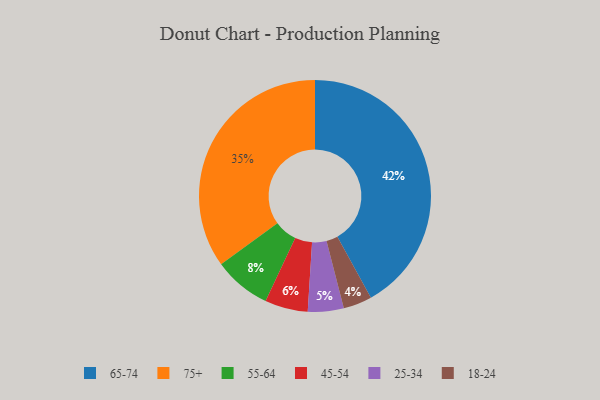
{"axis": {"x": "Category", "y": "Percentage"}, "legend": ["18-24", "25-34", "45-54", "55-64", "65-74", "75+"], "data": [{"x": "45-54", "y": 6, "type": "45-54"}, {"x": "25-34", "y": 5, "type": "25-34"}, {"x": "55-64", "y": 8, "type": "55-64"}, {"x": "18-24", "y": 4, "type": "18-24"}, {"x": "65-74", "y": 42, "type": "65-74"}, {"x": "75+", "y": 35, "type": "75+"}]}